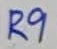
Text: R9